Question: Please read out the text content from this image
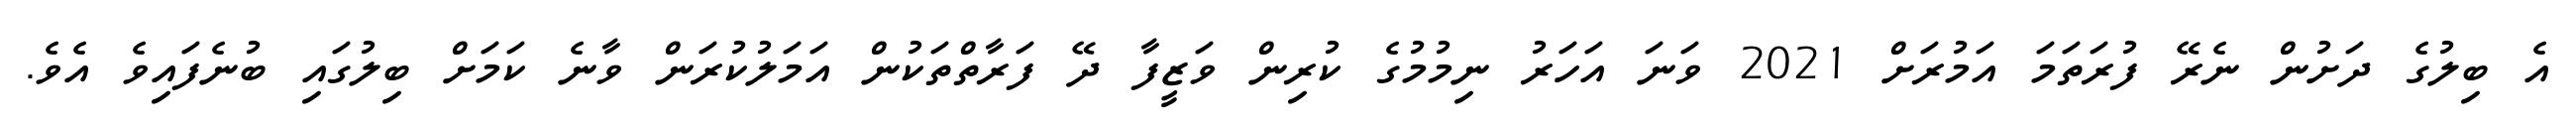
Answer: އެ ބިލުގެ ދަށުން ނެރޭ ފުރަތަމަ އަމުރަށް 2021 ވަނަ އަހަރު ނިމުމުގެ ކުރިން ވަޒީފާ ދޭ ފަރާތްތަކުން އަމަލުކުރަން ވާނެ ކަމަށް ބިލުގައި ބުނެފައިވެ އެވެ.